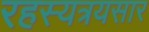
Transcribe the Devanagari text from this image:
रहस्यत्रयसार